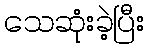
သေဆုံးခဲ့ပြီး